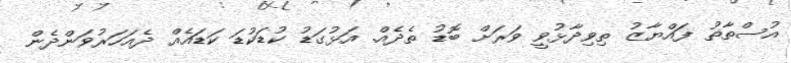
އުސްތާޡު ފައްޔާޒު ތިވިދާޅުވީ ވަރަށް ބޮޑު ތެދެއް. އަޅުގަޑު ކުޑަކުޑަ ކަޑައެއް ދެއަހަރުވަންދެން